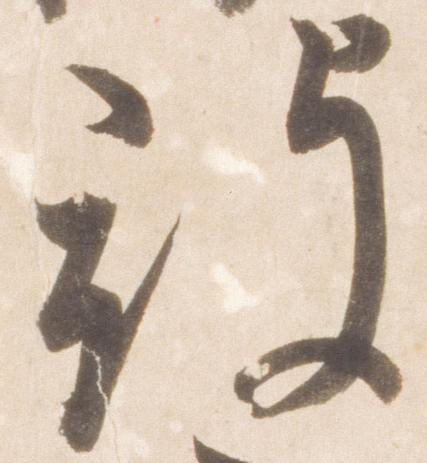
被